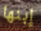
إبنها